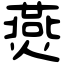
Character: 㷼